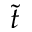
\tilde { t }